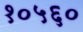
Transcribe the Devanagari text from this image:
१०५६०